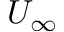
U _ { \infty }